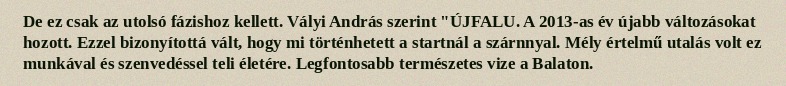
De ez csak az utolsó fázishoz kellett. Vályi András szerint "ÚJFALU. A 2013-as év újabb változásokat hozott. Ezzel bizonyítottá vált, hogy mi történhetett a startnál a szárnnyal. Mély értelmű utalás volt ez munkával és szenvedéssel teli életére. Legfontosabb természetes vize a Balaton.